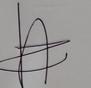
Signature authenticity: genuine